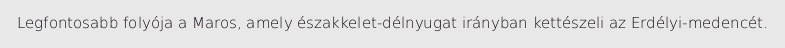
Legfontosabb folyója a Maros, amely északkelet-délnyugat irányban kettészeli az Erdélyi-medencét.